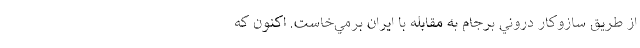
از طريق سازوكار دروني برجام به مقابله با ايران برمي‌خاست. اكنون كه